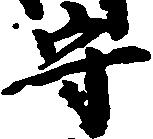
守